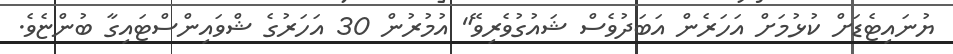
ޔުނައިޓެޑަށް ކުޅުމަށް އަހަރެން އަބަދުވެސް ޝައުގުވެރިވޭ" އުމުރުން 30 އަހަރުގެ ޝްވައިންސްޓައިގާ ބުންޏެވެ.